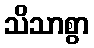
သိသာစွာ